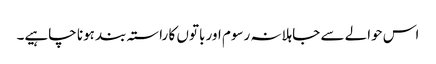
اس حوالے سے جاہلانہ رسوم اور باتوں کا راستہ بند ہونا چاہیے۔